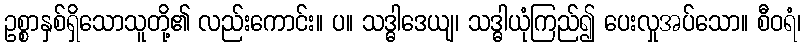
ဥစ္စာနှစ်ရှိသောသူတို့၏ လည်းကောင်း။ ပ။ သဒ္ဓါဒေယျ၊ သဒ္ဓါယုံကြည်၍ ပေးလှုအပ်သော။ စီဝရံ၊